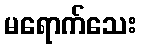
မရောက်သေး